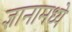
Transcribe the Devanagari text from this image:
ज्ञानामध्ये